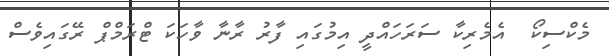
މެކްސިކޯ  އެމެރިކާ ސަރަހައްދީ އިމުގައި ފާރު ރާނާ ވާހަކަ ޓްރަމްޕް ރޭގައިވެސް